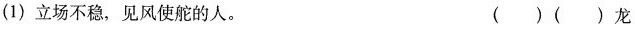
(1)立场不稳，见风使舵的人。 ( )( )龙